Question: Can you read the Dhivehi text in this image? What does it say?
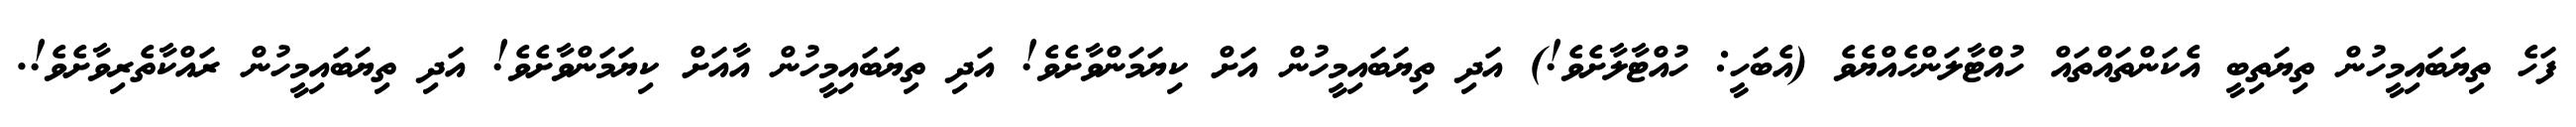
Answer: ފަހެ ތިޔަބައިމީހުން ތިޔަތިބީ އެކަންތައްތައް ހުއްޓާލަންހެއްޔެވެ (އެބަހީ: ހުއްޓާލާށެވެ!) އަދި ތިޔަބައިމީހުން އަށް ކިޔަމަންވާށެވެ! އަދި ތިޔަބައިމީހުން އާއަށް ކިޔަމަންވާށެވެ! އަދި ތިޔަބައިމީހުން ރައްކާތެރިވާށެވެ!.